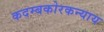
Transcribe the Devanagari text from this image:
कदम्बकोरकन्याय